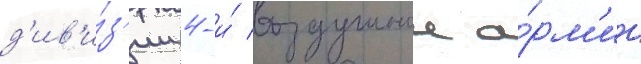
д'ив'и́з'ии 4-и́ воздушнои а́рм'ии